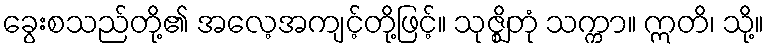
ခွေးစသည်တို့၏ အလေ့အကျင့်တို့ဖြင့်။ သုဇ္ဈိတုံ သက္ကာ။ ဣတိ၊ သို့။